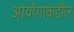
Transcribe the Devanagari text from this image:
आयोगाकडील